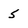
Character: 5